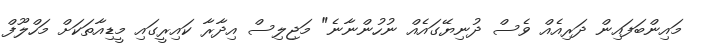
މައިންބަފައިން ދަރިއެއް ވެސް ދުނިޔޭގައެއް ނުހުންނާނެ" މަޖިލިސް އިދާރާ ކައިރީގައި މީޑިއާތަކަށް މަހްލޫފް